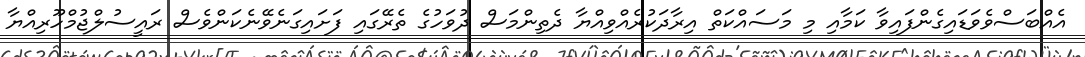
އެއްބަސްވެވަޑައިގެންފައިވާ ކަމާއި މި މަސައްކަތް އިރާދަކުރެއްވިއްޔާ ދެތިންމަސް ދުވަހުގެ ތެރޭގައި ފަށައިގަނެވޭނެކަންވެސް ރައީސުލްޖުމްހޫރިއްޔާ